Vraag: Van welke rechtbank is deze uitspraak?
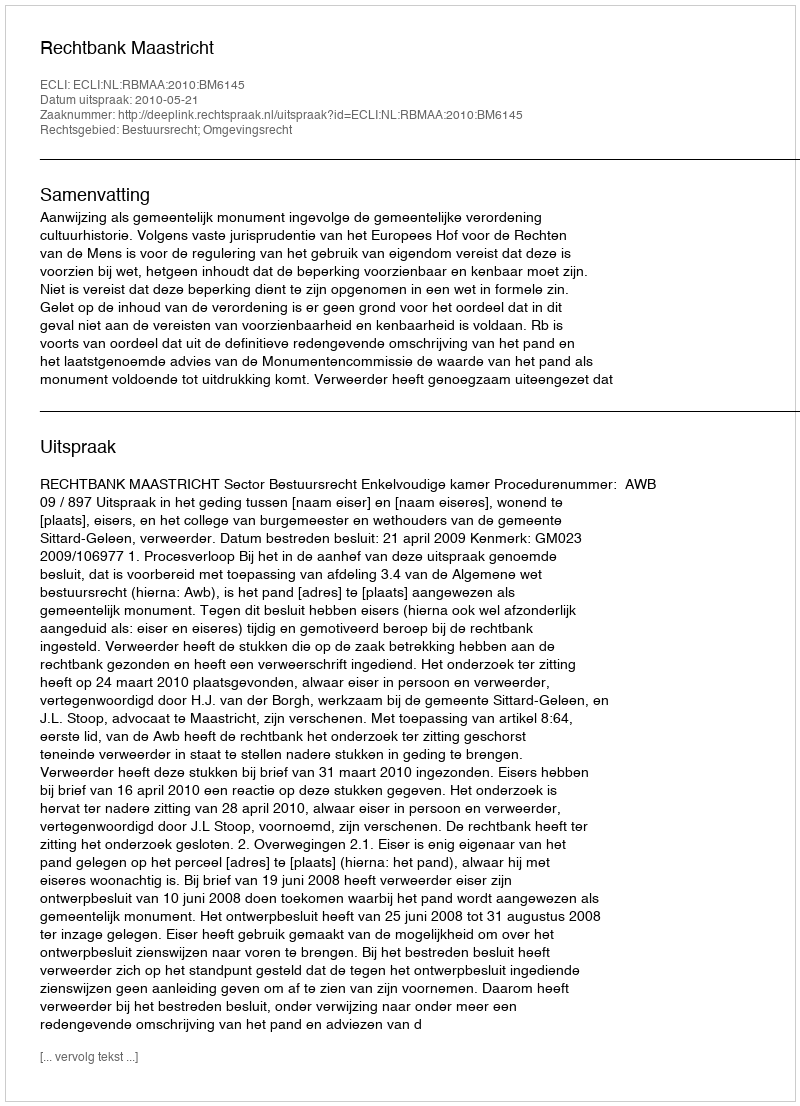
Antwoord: Rechtbank Maastricht